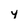
Character: y